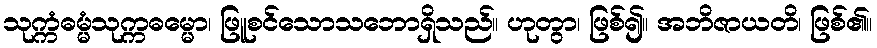
သုက္ကံဓမ္မံသုက္ကဓမ္မော၊ ဖြူစင်သောသဘောရှိသည်။ ဟုတွာ၊ ဖြစ်၍။ အဘိဇာယတိ၊ ဖြစ်၏။